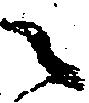
之